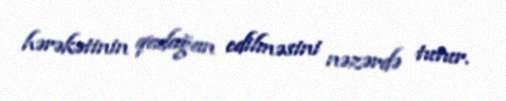
hərəkətinin qadağan edilməsini nəzərdə tutur.